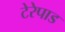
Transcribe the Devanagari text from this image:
टेरेपाड